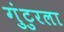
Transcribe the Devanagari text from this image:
गुंटुरला